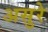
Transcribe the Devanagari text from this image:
असुरे